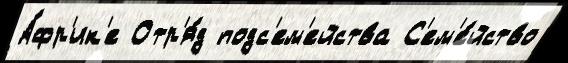
А́фр'ик'е Отр'я́д подс'ем'ейства С'ем'е́йство